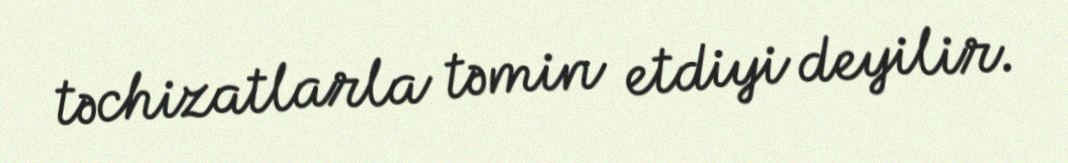
təchizatlarla təmin etdiyi deyilir.